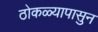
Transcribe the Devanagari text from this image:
ठोकळ्यापासुन